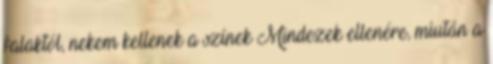
falaktól, nekem kellenek a színek Mindezek ellenére, miután a